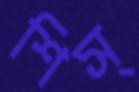
শিস্